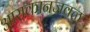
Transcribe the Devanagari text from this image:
आराकानजवळ